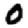
Digit: 0